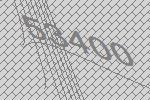
53400